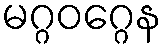
မဂ္ဂဝဂ္ဂေန